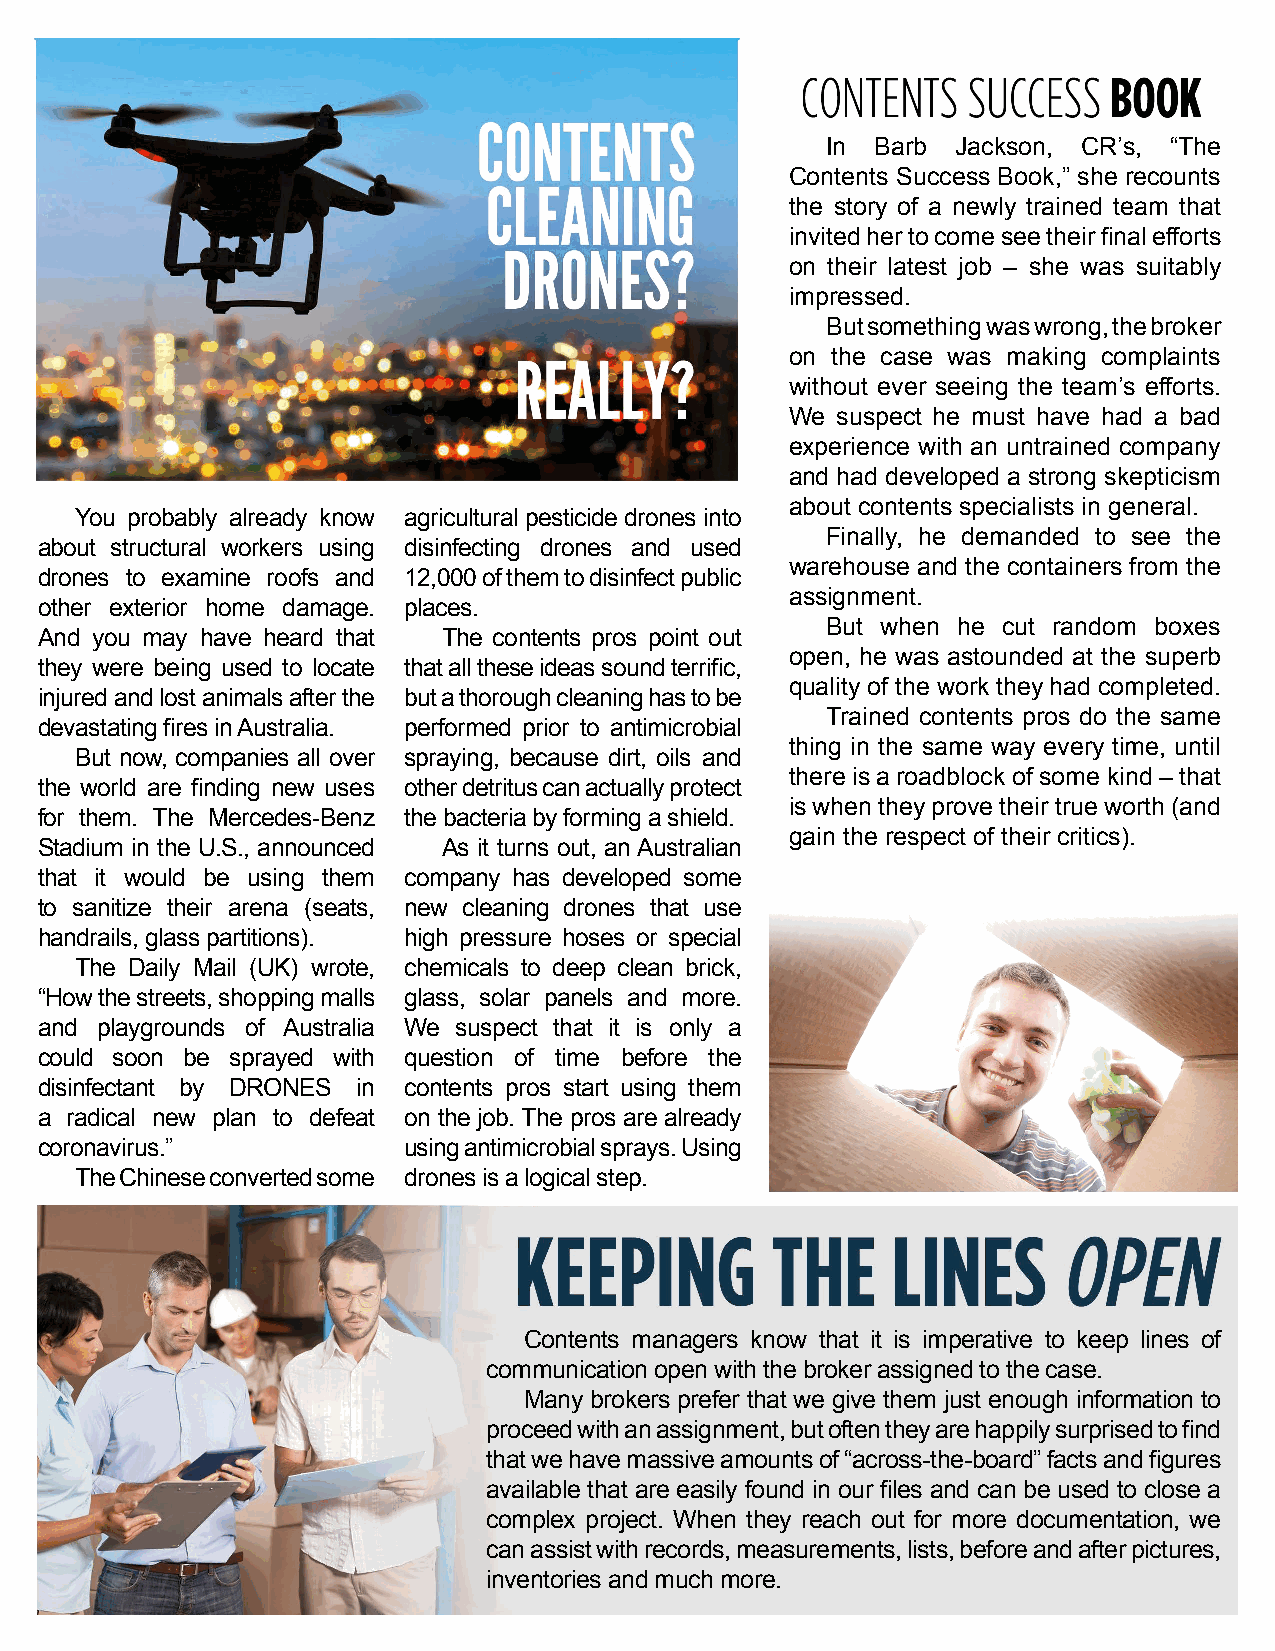
In Barb Jackson, CR’s, “The
 Contents Success Book,” she recounts
 the story of a newly trained team that
 invited her to come see their final efforts
 on their latest job – she was suitably
 impressed.
 But something was wrong, the broker
 on the case was making complaints
 without ever seeing the team’s efforts.
 We suspect he must have had a bad
 experience with an untrained company
 and had developed a strong skepticism
 about contents specialists in general.
 You probably already know agricultural pesticide drones into
 Finally, he demanded to see the
 about structural workers using disinfecting drones and used
 warehouse and the containers from the
 drones to examine roofs and 12,000 of them to disinfect public
 assignment.
 other exterior home damage. places.
 But when he cut random boxes
 And you may have heard that The contents pros point out
 open, he was astounded at the superb
 they were being used to locate that all these ideas sound terrific,
 quality of the work they had completed.
 injured and lost animals after the but a thorough cleaning has to be
 Trained contents pros do the same
 devastating fires in Australia. performed prior to antimicrobial
 thing in the same way every time, until
 But now, companies all over spraying, because dirt, oils and
 there is a roadblock of some kind – that
 the world are finding new uses other detritus can actually protect
 is when they prove their true worth (and
 for them. The Mercedes-Benz the bacteria by forming a shield.
 gain the respect of their critics).
 Stadium in the U.S., announced As it turns out, an Australian
 that it would be using them company has developed some
 to sanitize their arena (seats, new cleaning drones that use
 handrails, glass partitions). high pressure hoses or special
 The Daily Mail (UK) wrote, chemicals to deep clean brick,
 “How the streets, shopping malls glass, solar panels and more.
 and playgrounds of Australia We suspect that it is only a
 could soon be sprayed with question of time before the
 disinfectant by DRONES in contents pros start using them
 a radical new plan to defeat on the job. The pros are already
 coronavirus.”            using antimicrobial sprays. Using
 The Chinese converted some drones is a logical step.
 Contents managers know that it is imperative to keep lines of
 communication open with the broker assigned to the case.
 Many brokers prefer that we give them just enough information to
 proceed with an assignment, but often they are happily surprised to find
 that we have massive amounts of “across-the-board” facts and figures
 available that are easily found in our files and can be used to close a
 complex project. When they reach out for more documentation, we
 can assist with records, measurements, lists, before and after pictures,
 inventories and much more.